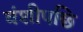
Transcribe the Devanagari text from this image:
वंशीपछि